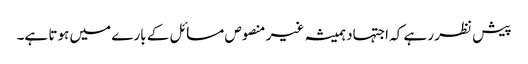
پیش نظر رہے کہ اجتہاد ہمیشہ غیر منصوص مسائل کے بارے میں ہوتا ہے۔